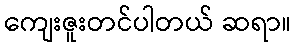
ကျေးဇူးတင်ပါတယ် ဆရာ။